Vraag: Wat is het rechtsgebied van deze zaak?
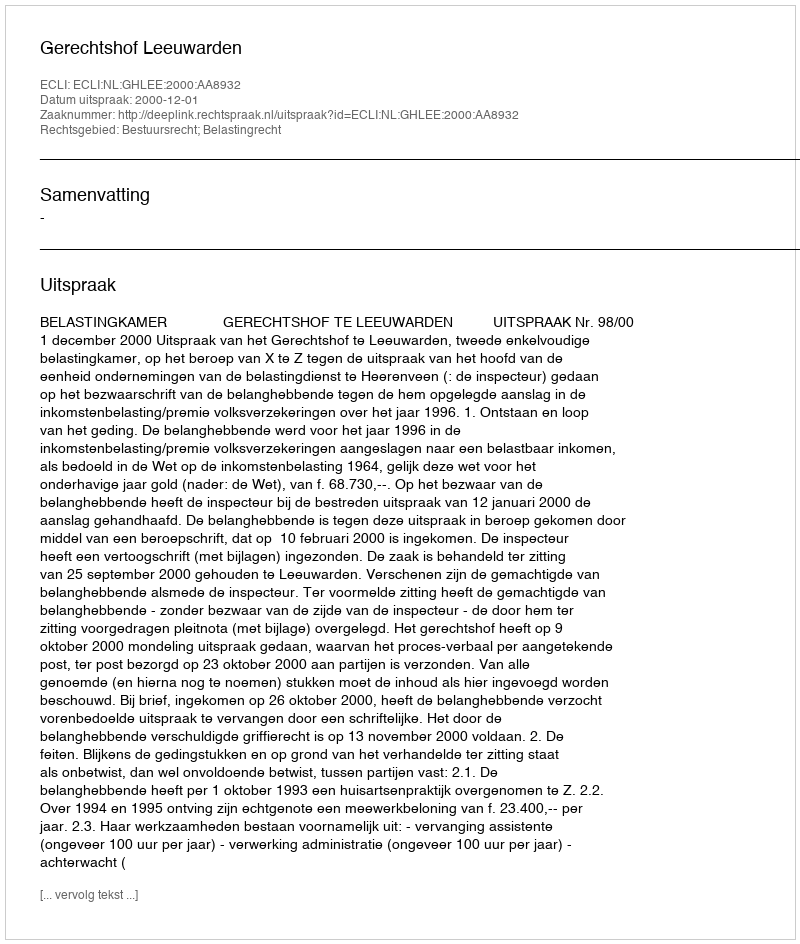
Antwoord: Bestuursrecht; Belastingrecht